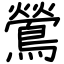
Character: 鶯